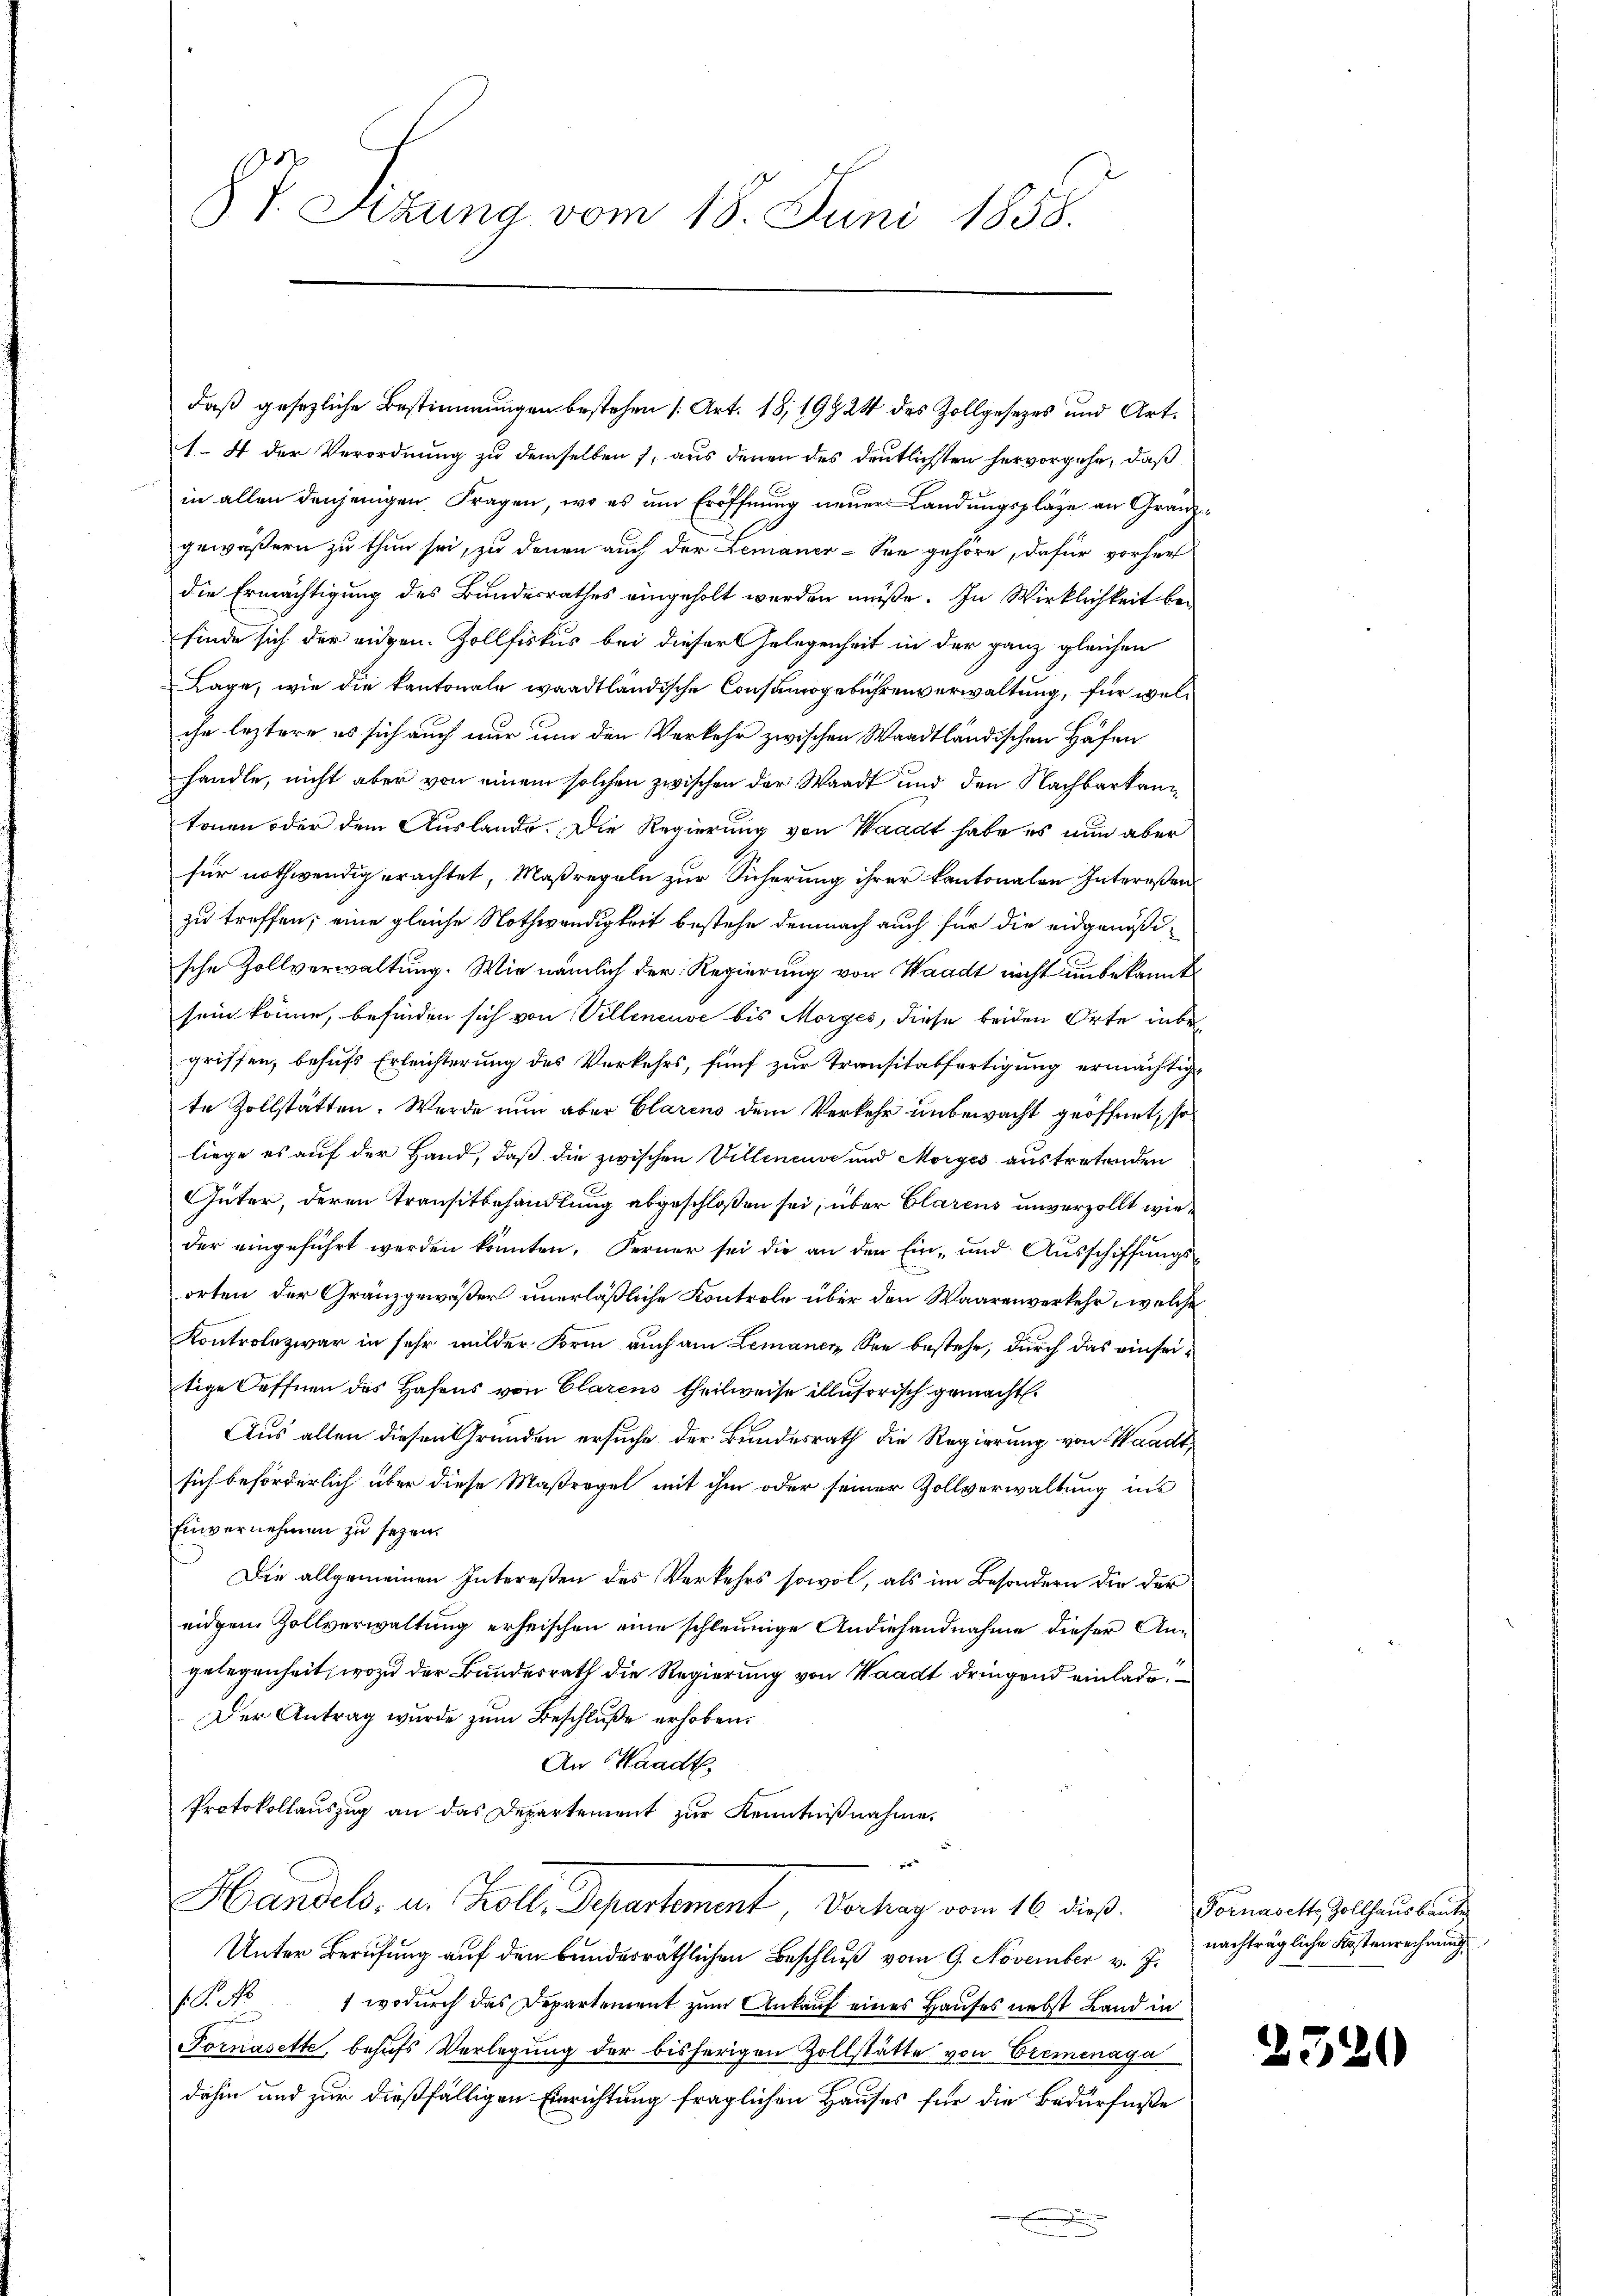
§ 7. Sizung vom 18. Juni 1888.

daß gesezliche Bestimmungen bestehen [Art. 18, 19924 des Zollgesezes und Art.
1. 4 der Verordnung zu demselben, aus denen des deutlichsten hervorgehe, daß
in allen denjenigen Fragen, wo es um Eröffnung neuer Landungspläge an Granzgewäßern zu thun sei, zu denen auch der Lemauer-See gehöre, dafür vorhers
die Ermächtigung des Bundesrathes eingeholt werden müße. In Wirklichkeit befinde sich der eidgen. Zollfiskus bei dieser Gelegenheit in der ganz gleichen
Lage, wie die Kantonale waadtländische Consumogebührenverwaltung, für welche leztere es sich auch nur um den Verkehr zwischen Waadtländischen Häfen
handle, nicht aber von einem solchen zwischen der Waadt und den Nachbarkann
tonen oder dem Auslande. Die Regierung von Waadt habe es nun aber
für nothwendig erachtet, Maßregeln zur Sicherung ihrer kantonalen Intereßenzu treffen; eine gleiche Nothwendigkeit bestehe demnach auch für die eidgenößische Zollverwaltung. Wie nämlich der Regierung von Waadt nicht unbekannt
sein könne, befinden sich von Villeneuve bis Morges, diese beiden Orte inbegriffen, behufs Erleichterung des Verkehrs, fünf zur Transitabfertigung ermächtigte Zollstätten. Werde nun aber Clarens dem Verkehr unbewacht geöffnet, so
liege es auf der Hand, daß die zwischen Villeneuve und Morges austretenden
Güter, deren Transitbehandlung abgeschloßen sei, über Clarens unverzollt wieder eingeführt werden könnten. Ferner sei die an den Ein- und Ausschiffungsorten der Gränzgewäßer unerläßliche Kontrole über den Waarenverkehr, welche
Kontrole zwar in sehr milder Form auch am Lemanen See bestehe, durch das einseitige Oeffnen des Hafens von Clarens theilweise illusorisch gemacht.
Aus allen diesen Gründen ersuche der Bundesrath die Regierung von Waadt,
sich beförderlich über diese Maßregel mit ihm oder seiner Zollverwaltung ins
Einvernehmen zu sezen.
Die allgemeinen Intereßen des Verkehrs sowol, als im Besondern die der
eidgen Zollverwaltung erheischen eine schleunige Andiehandnahme dieser Angelegenheit, wozu der Bundesrath die Regierung von Waadt dringend einlade
Der Antrag wurde zum Beschluße erhoben.
An Waadt
Protokollauszug an das Departement zur Kenntnißnahme.

Handels, u. Koll, Departement, Vortrag vom 16. dieß. Fornascht, Sollhausbaut
Unter Berufung auf den bundesräthlichen Beschluß vom 9. November v. J.
S. No 1 wodurch das Departement zum Ankauf eines Hauses nebst Land in
Fornasette, behufs Verlegung der bisherigen Zollstätte von Cremenaga
dahin und zur dießfälligen Einrichtung fraglichen Hauses für die Bedürfniße
.

nachträgliche Kostenrechnung

e

23

¬